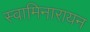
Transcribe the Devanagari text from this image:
स्वामिनारायन